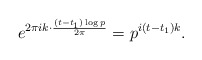
\begin{align*}e^{2\pi i k\cdot \frac{(t-t_1) \log p}{2\pi}} = p^{i (t-t_1) k}.\end{align*}